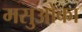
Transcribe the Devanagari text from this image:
मसुओका